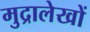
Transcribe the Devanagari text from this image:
मुद्रालेखों